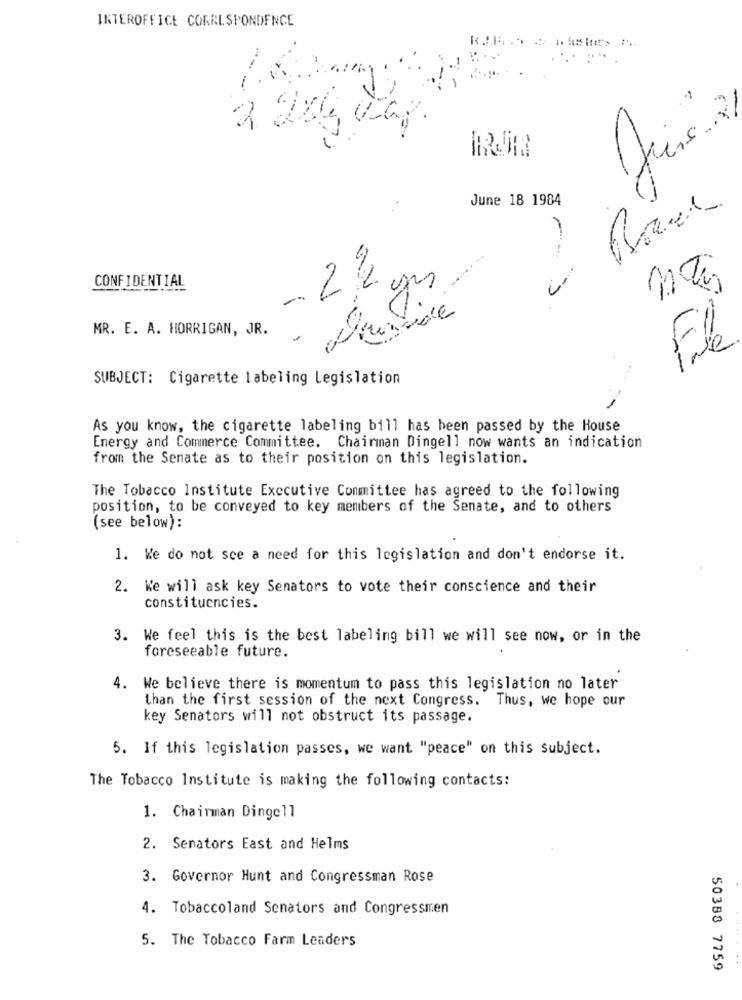
INTEROFFICE CORRESPONDENCE
-
2
IRJA
June 18 1984
CONFIDENTIAL
22 gm
MR. E. A. HORRIGAN, JR.
File
SUBJECT: Cigarette labeling Legislation
As you know, the cigarette labeling bill has been passed by the House
Energy and Commerce Committee. Chairman Dingell now wants an indication
from the Senate as to their position on this legislation.
The Tobacco Institute Executive Committee has agreed to the following
position, to be conveyed to key members of the Senate, and to others
(see below):
1. We do not sce a need for this legislation and don't endorse it.
2. We will ask key Senators to vote their conscience and their
constituencies.
3. We feel this is the best labeling bill we will see now, or in the
foreseeable future.
4. We believe there is momentum to pass this legislation no later
than the first session of the next Congress.
Thus, we hope our
key Senators will not obstruct its passage.
5. If this legislation passes, we want "peace" on this subject.
The Tobacco Institute is making the following contacts:
1. Chairman Dingell
2. Senators East and Helms
3. Governor Hunt and Congressman Rose
4. Tobaccoland Senators and Congressmen
5. The Tobacco Farm Leaders
50388 7759